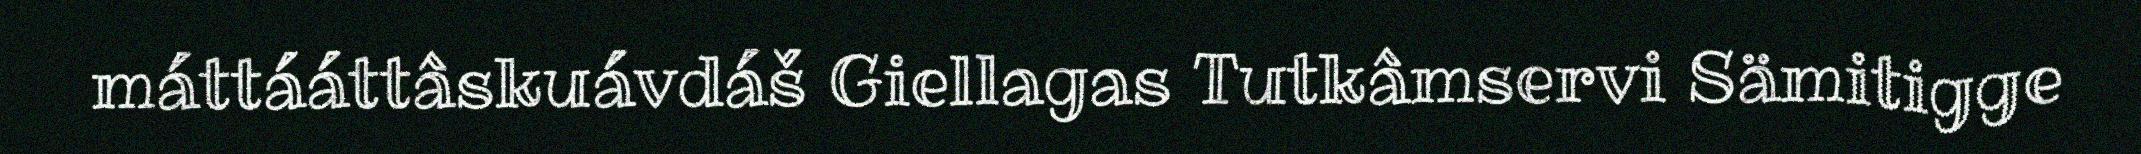
máttááttâskuávdáš Giellagas Tutkâmservi Sämitigge